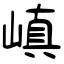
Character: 嵮